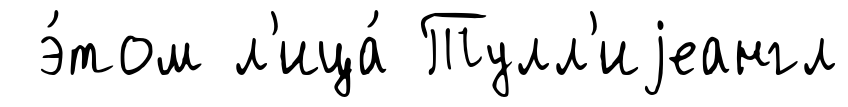
э́том л'ица́ Тулл'иjеангл